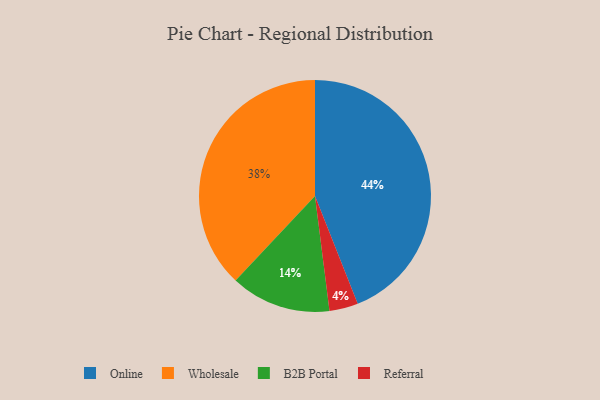
{"axis": {"x": "Category", "y": "Percentage"}, "legend": ["B2B Portal", "Online", "Referral", "Wholesale"], "data": [{"x": "B2B Portal", "y": 14, "type": "B2B Portal"}, {"x": "Referral", "y": 4, "type": "Referral"}, {"x": "Online", "y": 44, "type": "Online"}, {"x": "Wholesale", "y": 38, "type": "Wholesale"}]}